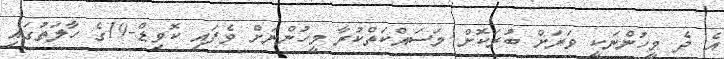
އެ ދެ މީހުންނަކީ ވަރަށް ބުރަކޮށް މަސައްކަތްކުރާ މީހުންނަށް ވެފައި ކޮވިޑް-19ގެ ހާލަތުގައި